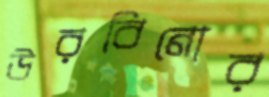
উরবিনোর